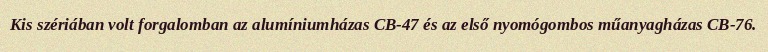
Kis szériában volt forgalomban az alumíniumházas CB-47 és az első nyomógombos műanyagházas CB-76.